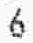
6